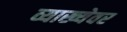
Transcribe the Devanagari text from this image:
व्याख्येवर